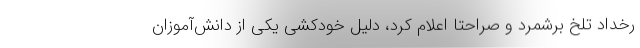
رخداد تلخ‌ برشمرد و صراحتاً اعلام کرد، دلیل خودکشی یکی از دانش‌آموزان